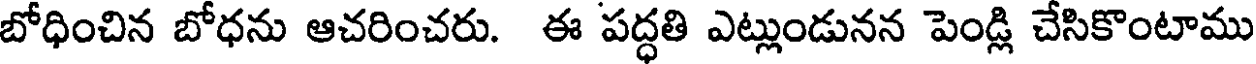
బోధించిన బోధను ఆచరించరు. ఈ పద్ధతి ఎట్లుండునన పెండ్లి చేసికొంటాము